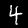
Label: 4